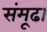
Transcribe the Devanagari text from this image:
संमूढा